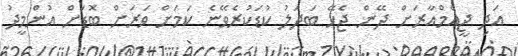
އަދި ޖީއެމްއާރަށް ދޭން ޖެހޭ ބަދަލު ކުޑަކުރެވޭނެ ކަމަށް ވަރަށް ބޮޑަށް އުންމީދު